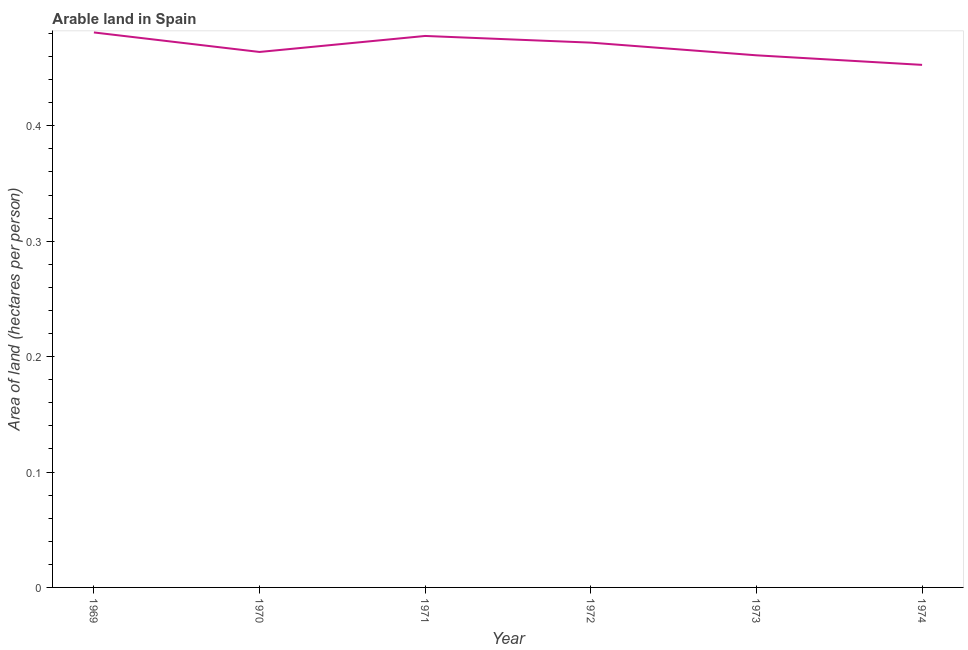
| Year | Arable land |
 | --- | --- |
 | 1969 | 0.481 |
 | 1970 | 0.464 |
 | 1971 | 0.478 |
 | 1972 | 0.472 |
 | 1973 | 0.461 |
 | 1974 | 0.453 |